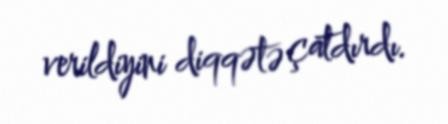
verildiyini diqqətə çatdırdı.